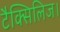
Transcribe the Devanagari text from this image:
टैक्सिलिज।